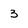
Character: 3